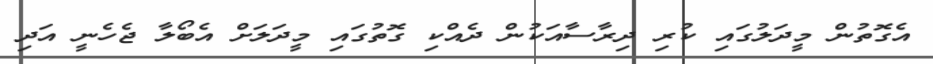
އެގޮތުން މީދަލުގައި ކުރި ދިރާސާއަކުން ދެއްކި ގޮތުގައި މީދަލަށް އެބޯލާ ޖެހެނީ އަދި